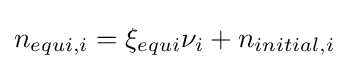
n_{equi,i}=\xi _{equi}\nu _{i}+n_{initial,i}